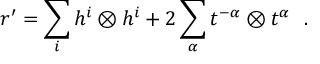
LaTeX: r ^ { \prime } = \sum _ { i } h ^ { i } \otimes h ^ { i } + 2 \sum _ { \alpha } t ^ { - \alpha } \otimes t ^ { \alpha } \ \ .